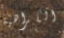
الكراهية